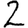
Digit: 2